Civil Veterinary Dept. Bombay admin report 1932-41 - 1932-1941
Year: 1932
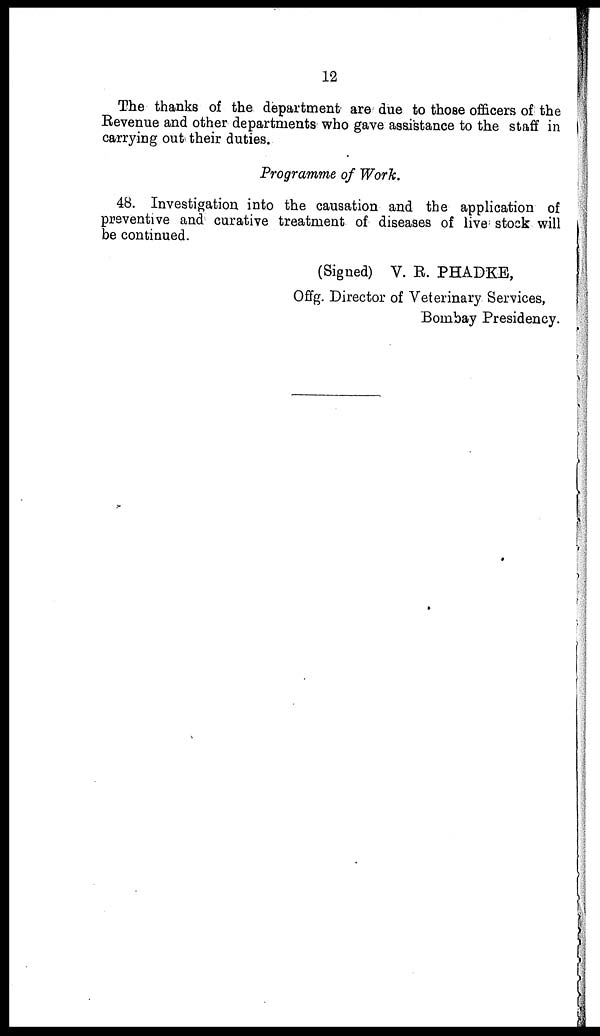
12
The thanks of the department are due to those officers of the
Revenue and other departments who gave assistance to the staff in
carrying out their duties.
Programme of Work.
48. Investigation into the causation and the application of
preventive and curative treatment of diseases of live stock will
be continued.
(Signed) V. B. PHADKE ,
Offg. Director of Veterinary Services,
Bombay Presidency.